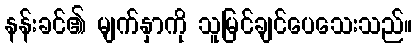
နန်းခင်၏ မျက်နှာကို သူမြင်ချင်ပေသေးသည်။